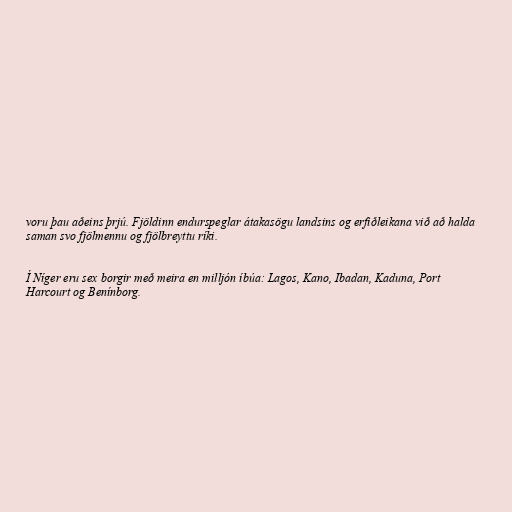
voru þau aðeins þrjú. Fjöldinn endurspeglar átakasögu landsins og erfiðleikana við að halda
saman svo fjölmennu og fjölbreyttu ríki.

Í Níger eru sex borgir með meira en milljón íbúa: Lagos, Kano, Ibadan, Kaduna, Port
Harcourt og Benínborg.